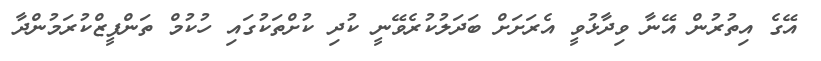
އޭގެ އިތުރުން އޭނާ ވިދާޅުވީ އެރަށަށް ބަދަލުކުރެވޭނީ ކުދި ކުށްތަކުގައި ހުކުމް ތަންފީޒްކުރަމުންދާ